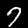
Label: 7